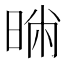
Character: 𣇢